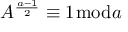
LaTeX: A ^ { \frac { a - 1 } { 2 } } \equiv 1 { \bmod { a } }